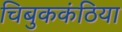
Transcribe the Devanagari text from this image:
चिबुककंठिया